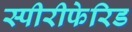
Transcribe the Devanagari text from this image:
स्पीरीफेरिड